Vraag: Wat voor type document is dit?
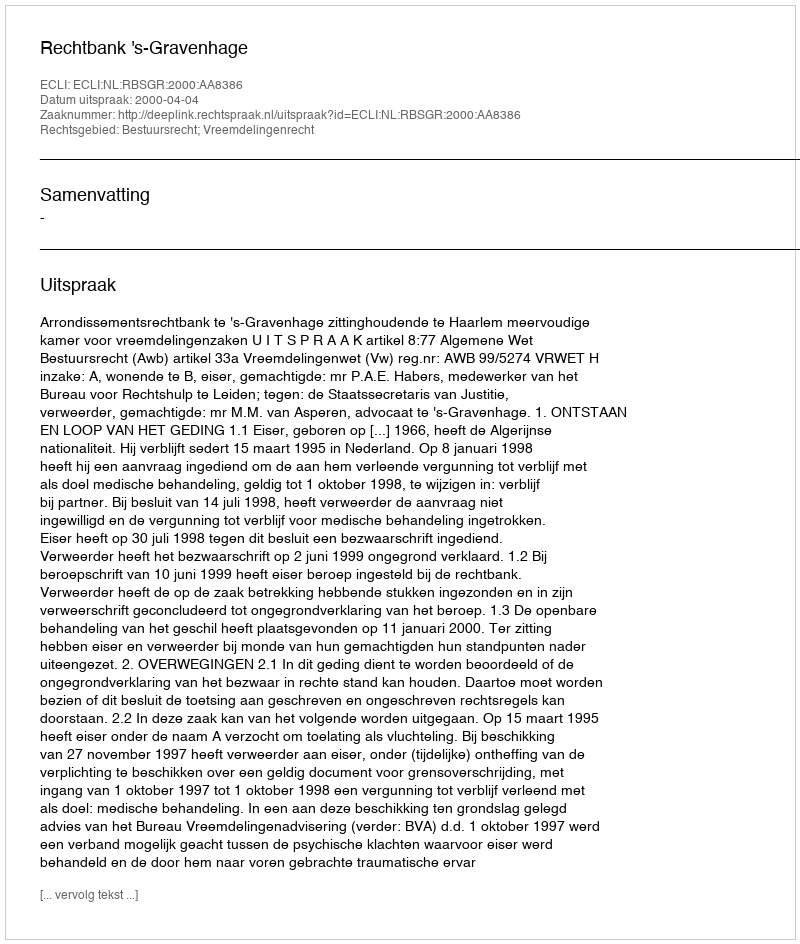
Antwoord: Uitspraak